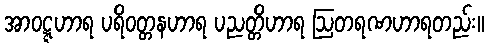
အာဝဋ္ဋဟာရ ပရိဝတ္တနဟာရ ပညတ္တိဟာရ ဩတရဏဟာရတည်း။